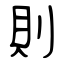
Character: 則